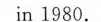
in 1980.